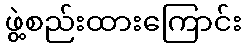
ဖွဲ့စည်းထားကြောင်း